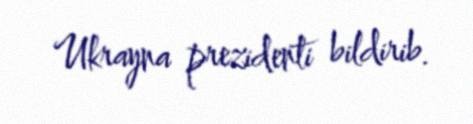
Ukrayna prezidenti bildirib.